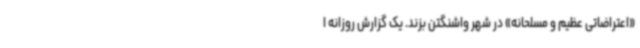
«اعتراضاتی عظیم و مسلحانه» در شهر واشنگتن بزند. یک گزارش روزانه ا